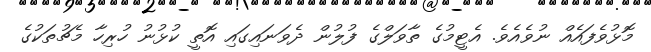
މޮޅުވެފައެއް ނުވެއެވެ. އެޓީމުގެ ތާވަލްގެ ފުލުން ދެވަނައިގައި އޮތީ ކުޅުނު ހުރިހާ މެޗުތަކުގެ